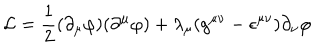
LaTeX: { \cal L } = \frac { 1 } { 2 } ( \partial _ { \mu } \varphi ) ( \partial ^ { \mu } \varphi ) + \lambda _ { \mu } ( g ^ { \mu \nu } - \epsilon ^ { \mu \nu } ) \partial _ { \nu } \varphi